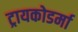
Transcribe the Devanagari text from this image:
ट्रायकोडर्मा